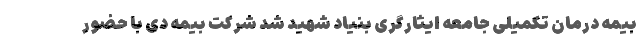
بیمه درمان تکمیلی جامعه ایثارگری بنیاد شهید شد شرکت بیمه دی با حضور